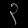
Digit: ၃